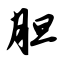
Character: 胆